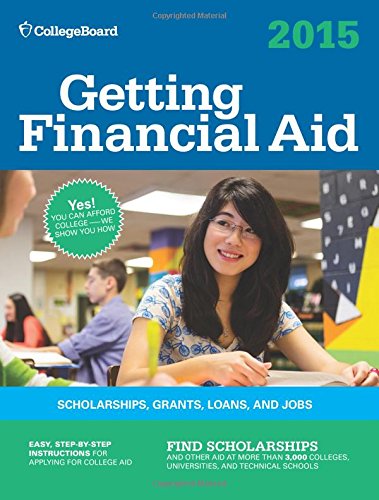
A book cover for Getting Financial Aid 2015 (College Board Guide to Getting Financial Aid); The College Board; Education & Teaching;